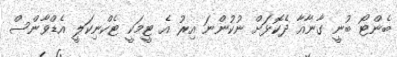
ބެންޓޯ ބުނީ ގާނާއާ ދެކޮޅަށް ނުކުންނަ އިރު އެ ޓީމަކީ ޓެކްނިކަލީ އެޑްވާންސް